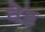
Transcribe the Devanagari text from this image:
वेड्ड